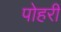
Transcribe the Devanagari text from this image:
पोहरी